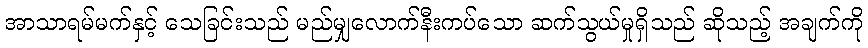
အာသာရမ်မက်နှင့် သေခြင်းသည် မည်မျှလောက်နီးကပ်သော ဆက်သွယ်မှုရှိသည် ဆိုသည့် အချက်ကို